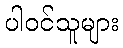
ပါဝင်သူများ